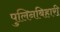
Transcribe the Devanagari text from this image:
पुलिनबिहारी